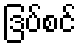
ဒြပ်စင်